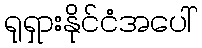
ရုရှားနိုင်ငံအပေါ်